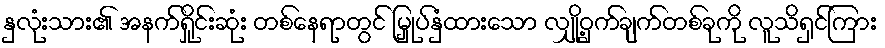
နှလုံးသား၏ အနက်ရှိုင်းဆုံး တစ်နေရာတွင် မြှုပ်နှံထားသော လျှို့ဝှက်ချက်တစ်ခုကို လူသိရှင်ကြား